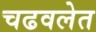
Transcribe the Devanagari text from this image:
चढवलेत